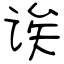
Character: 诶